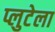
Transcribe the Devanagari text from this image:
प्लुटेला